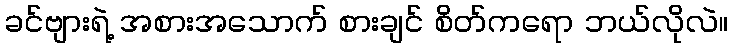
ခင်ဗျားရဲ့ အစားအသောက် စားချင် စိတ်ကရော ဘယ်လိုလဲ။